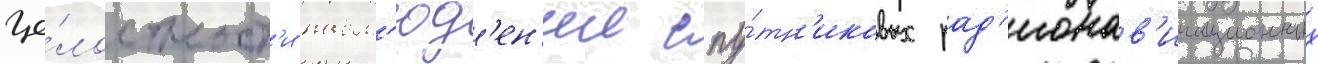
це́лостност'и набл'юд'ен'ии спу́тн'иковых рад'ионав'игационных